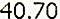
40.70